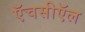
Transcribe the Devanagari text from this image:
ऍचसीऍल